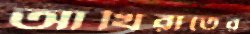
আখিরাতের